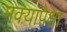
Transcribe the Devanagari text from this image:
मक्यापेक्षा